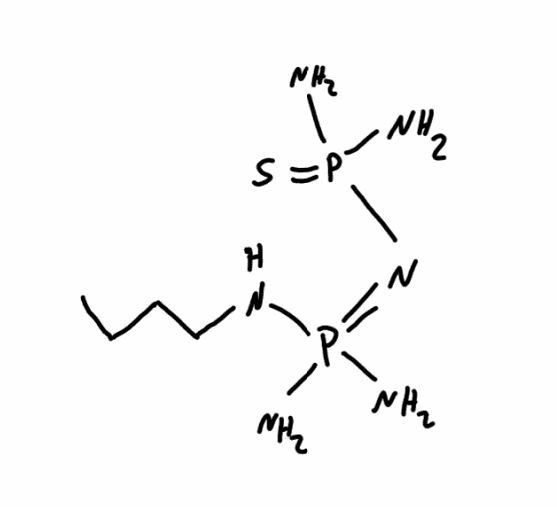
Simplified molecular-input line-entry system (SMILES) notation of the given molecule:
CCCCNP(=NP(=S)(N)N)(N)N